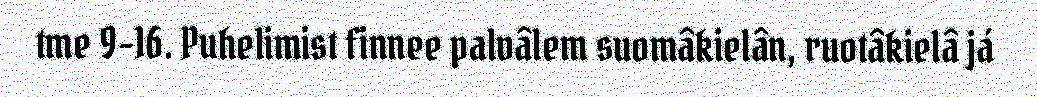
tme 9–16. Puhelimist finnee palvâlem suomâkielân, ruotâkielâ já